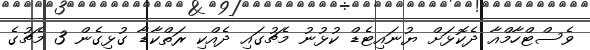
ވެސްޓްހާމްއާ ދެކޮޅަށް ޔުނައިޓެޑް ކުޅުނު މެޗުގައި ދެއްކި ރަތްކާޑާ ގުޅިގެން 3 މެޗުގެ